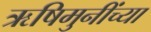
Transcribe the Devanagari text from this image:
ऋषिमुनींच्या